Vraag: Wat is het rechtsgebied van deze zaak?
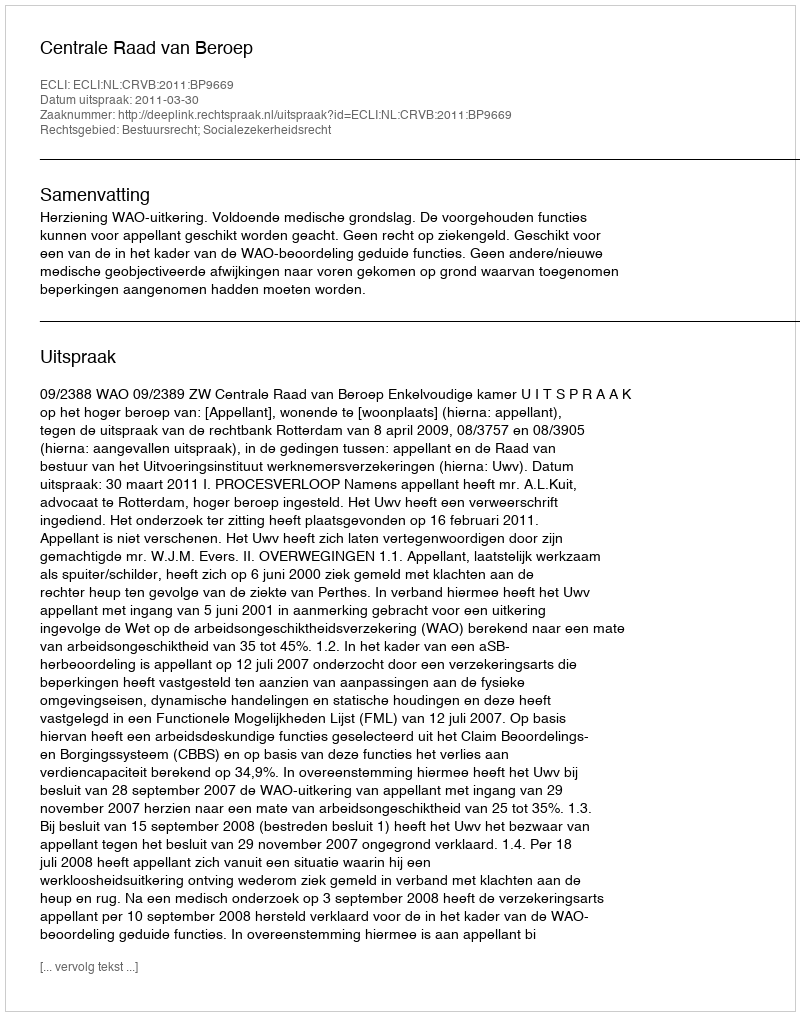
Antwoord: Bestuursrecht; Socialezekerheidsrecht